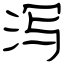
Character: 泻